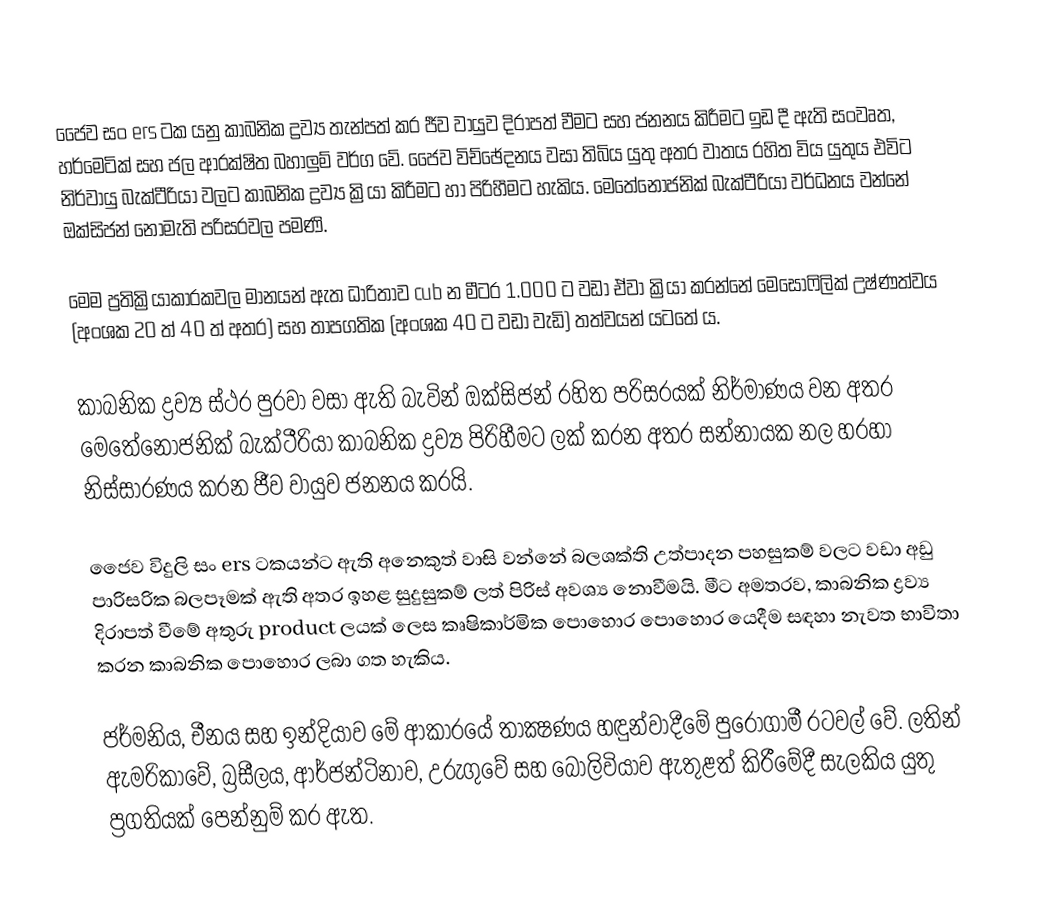
ජෛව සං ers ටක යනු කාබනික ද්‍රව්‍ය තැන්පත් කර ජීව වායුව දිරාපත් වීමට සහ ජනනය කිරීමට ඉඩ දී ඇති සංවෘත, හර්මෙටික් සහ ජල ආරක්ෂිත බහාලුම් වර්ග වේ. ජෛව විච්ඡේදනය වසා තිබිය යුතු අතර වාතය රහිත විය යුතුය එවිට නිර්වායු බැක්ටීරියා වලට කාබනික ද්‍රව්‍ය ක්‍රියා කිරීමට හා පිරිහීමට හැකිය. මෙතේනොජනික් බැක්ටීරියා වර්ධනය වන්නේ ඔක්සිජන් නොමැති පරිසරවල පමණි.

මෙම ප්‍රතික්‍රියාකාරකවල මානයන් ඇත ධාරිතාව cub න මීටර 1.000 ට වඩා ඒවා ක්‍රියා කරන්නේ මෙසොෆිලික් උෂ්ණත්වය (අංශක 20 ත් 40 ත් අතර) සහ තාපගතික (අංශක 40 ට වඩා වැඩි) තත්වයන් යටතේ ය.

කාබනික ද්‍රව්‍ය ස්ථර පුරවා වසා ඇති බැවින් ඔක්සිජන් රහිත පරිසරයක් නිර්මාණය වන අතර මෙතේනොජනික් බැක්ටීරියා කාබනික ද්‍රව්‍ය පිරිහීමට ලක් කරන අතර සන්නායක නල හරහා නිස්සාරණය කරන ජීව වායුව ජනනය කරයි.

ජෛව විදුලි සං ers ටකයන්ට ඇති අනෙකුත් වාසි වන්නේ බලශක්ති උත්පාදන පහසුකම් වලට වඩා අඩු පාරිසරික බලපෑමක් ඇති අතර ඉහළ සුදුසුකම් ලත් පිරිස් අවශ්‍ය නොවීමයි. මීට අමතරව, කාබනික ද්‍රව්‍ය දිරාපත් වීමේ අතුරු product ලයක් ලෙස කෘෂිකාර්මික පොහොර පොහොර යෙදීම සඳහා නැවත භාවිතා කරන කාබනික පොහොර ලබා ගත හැකිය.

ජර්මනිය, චීනය සහ ඉන්දියාව මේ ආකාරයේ තාක්‍ෂණය හඳුන්වාදීමේ පුරෝගාමී රටවල් වේ. ලතින් ඇමරිකාවේ, බ්‍රසීලය, ආර්ජන්ටිනාව, උරුගුවේ සහ බොලිවියාව ඇතුළත් කිරීමේදී සැලකිය යුතු ප්‍රගතියක් පෙන්නුම් කර ඇත.